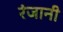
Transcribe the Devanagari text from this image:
रंजानी